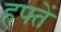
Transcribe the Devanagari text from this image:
हफ्तें